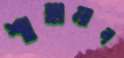
শাহামান